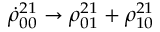
\dot { \rho } _ { 0 0 } ^ { 2 1 } \to \rho _ { 0 1 } ^ { 2 1 } + \rho _ { 1 0 } ^ { 2 1 }